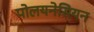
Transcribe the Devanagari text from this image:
पोलयनेसियन